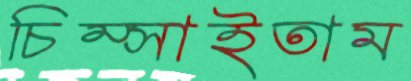
চিম্‌সাইতাম